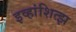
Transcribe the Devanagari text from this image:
इव्हांशित्झ